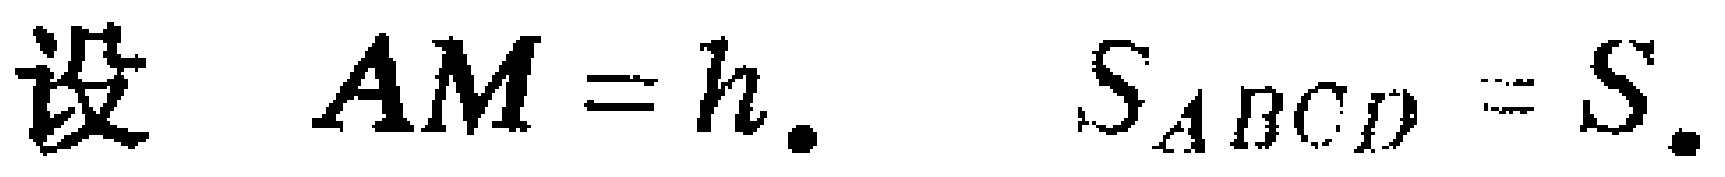
设 \(AM = h.\) \(S_{ABCD}=S.\)